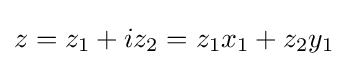
z=z_{1}+iz_{2}=z_{1}x_{1}+z_{2}y_{1}